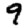
Digit: 9